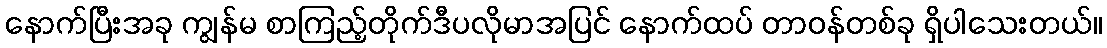
နောက်ပြီးအခု ကျွန်မ စာကြည့်တိုက်ဒီပလိုမာအပြင် နောက်ထပ် တာဝန်တစ်ခု ရှိပါသေးတယ်။